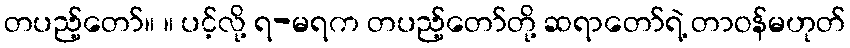
တပည့်တော်။ ။ ပင့်လို့ ရ-မရက တပည့်တော်တို့ ဆရာတော်ရဲ့ တာဝန်မဟုတ်